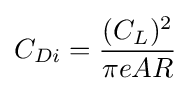
C_{Di}={\frac {(C_{L})^{2}}{\pi eAR}}